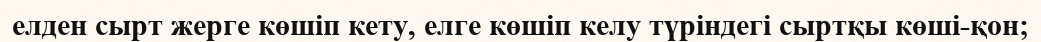
елден сырт жерге көшіп кету, елге көшіп келу түріндегі сыртқы көші-қон;